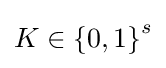
K\in \left\{0,1\right\}^{s}